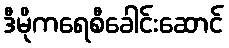
ဒီမိုကရေစီခေါင်းဆောင်